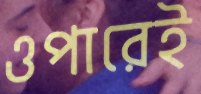
ওপারেই